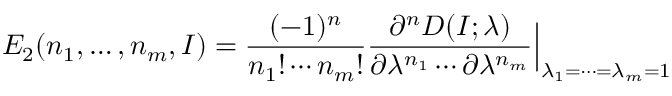
E _ { 2 } ( n _ { 1 } , \ldots , n _ { m } , I ) = { \frac { ( - 1 ) ^ { n } } { n _ { 1 } ! \cdots n _ { m } ! } } { \frac { \partial ^ { n } D ( I ; \lambda ) } { \partial \lambda ^ { n _ { 1 } } \cdots \partial \lambda ^ { n _ { m } } } } \Bigr \vert _ { \lambda _ { 1 } = \cdots = \lambda _ { m } = 1 }